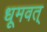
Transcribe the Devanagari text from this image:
धूमवत्